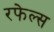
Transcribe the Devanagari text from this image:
रफेल्स